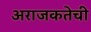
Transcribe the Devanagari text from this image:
अराजकतेची